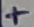
Text: +